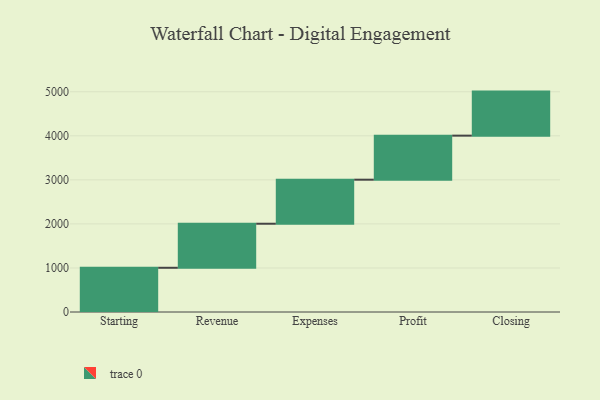
{"axis": {"x": "Step", "y": "Value"}, "legend": [""], "data": [{"x": "Starting", "y": 1004.0, "type": ""}, {"x": "Revenue", "y": 1000, "type": ""}, {"x": "Expenses", "y": 1000, "type": ""}, {"x": "Profit", "y": 1000, "type": ""}, {"x": "Closing", "y": 1000, "type": ""}]}